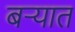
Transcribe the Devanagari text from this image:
बऱ्यात